Report on vaccination in the Province of Bengal - 1874-1889
Year: 1874
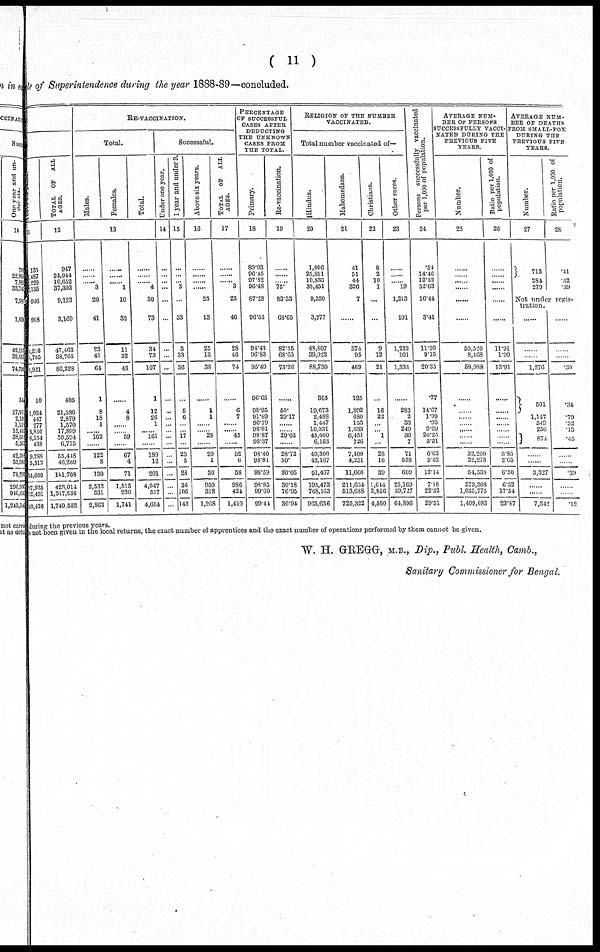
( 11 )
le of Superintendence during the year 1888-89—concluded.
Above six years.
11
135
467
220 135
946
998
4,216
4,705
8,921
10
1,024
447
277
3,850
8,554
438
9,288
5,312
14,600
87,935
52,491
10,426
TOTAL OF ALL
AGES.
12
947
24,944
10,652
37,393
9,123
3,169
47,463
38,765
86,228
405
21,586
2,879
1,570
17,899
50,594 6,775
55,448
46,260
101,708
428,014
1,317,538
1,740,552
RE-VACCINATION.
Total.
Males.
Females.
Total.
13
......
......
...... 3
20
41
23
41
64
1
8
18
1
...... 102
......
122
8
130
2,532
331
2,863
......
......
...... 1
10
32
11
32
43
......
4
8
......
...... 59
......
67
4
71
1,515
226
1,741
......
......
...... 4
30
73
34
73
107
1
12
26
1
...... 161
......
189
12
201
4,047
557
4,604
Successful.
Under one year.
14
...
...
... ...
...
...
...
...
...
...
...
...
...
...
...
...
...
...
...
...
...
...
1 year and under 9.
15
...
...
... 3
...
33
3
33
36
...
5
6
...
... 17
...
23
5
28
36
...
142
Above six years.
16
......
......
...... ......
25
13
25
13
38
......
1
1
......
...... 28
......
29
1
30
950
......
1,268
TOTAL OF
ALL
AGES.
17
......
......
...... 3
25
46
28
46
74
......
6
7
......
...... 45
......
52
6
58
986
......
1,410
PERCENTAGE
OF SUCCESSFUL
CASES AFTER
DEDUCTING
THE
UNKNOWN
CASES FROM
THE TOTAL.
Primary.
18
89.93
96.45
97.82
96.48
87.28
96.53
94.43
96.83
95.49
96.65
98.95
91.89
96.79
98.81
98.87
98.37
98.40
98.81
98.59
98.95
......
99.44
Re-vaccination.
19
......
......
...... 75.
83.33
68.65
82.35
68.65
73.26
......
50.
29.17
......
...... 29.03
......
28.72
50.
30.05
30.18
......
36.94
RELIGION OF THE NUMBER
VACCINATED.
Total number vaccinated of—
Hindus.
20
1,006
25,811
10,835
38,451
9,350
3,277
48,607
39,923
88,730
305
19,673
2,488
1,447
16,331
45,060
6,163
49,300
42,167
91,467
195,473
......
963,636
Mahomedans.
21
41
51
44
326
7
......
374
95
469
125
1,892
680
153
1,633
6,451
726
7,409
4,251
11,660
211,634
......
725,322
Christians.
22
8
2
10
1
...
...
9
12
21
...
16
22
...
... 1
...
23
16
39
1,644
......
4,500
Other races.
23
......
......
...... 19
1,213
101
1,232
101
1,333
......
282
2
33
249
36
7
71
538
609
25,169
......
64,896
Persons successfully vaccinated
per 1,000 of population.
24
.54
14.46
12.32
52.63
16.44
3.41
11.20
9.15
20.35
.27
14.67
1.99
.93
9.69
20.25
3.51
6.62
5.52
12.14
7.18
......
29.51
AVERAGE NUM-
BER OF PERSONS
SUCCESSFULLY VACCI-
NATED DURING THE
PREVIOUS FIVE
YEARS.
Number.
25
......
......
...... ......
......
......
50,520
8,468
58,988
......
......
......
......
......
......
......
32,260
22,278
54,538
373,308
......
1,409,083
Ratio per 1,000 of
population.
26
......
......
...... ......
......
......
11.91
1.99
13.91
......
......
......
......
......
......
......
3.85
2.65
6.50
6.32
......
23.87
AVERAGE NUM-
BER OF DEATHS
FROM SMALL-POX
DURING THE
PREVIOUS FIVE
YEARS.
Number.
27
713
284
279
Ratio per 1,000 of
population.
28
.41
.32
.39
Not under regis-
tration.
......
......
......
1,276
501
1,147
549
256
874
......
......
3,327
......
......
7,342
......
......
......
.30
.34
.79
.32
.13
.45
......
......
.39
......
......
.12
during the previous years.
e not been given in the local returns, the exact number of apprentices and the exact number of operations performed by them cannot be given.
W. H. GREGG, M.B., Dip., Publ Health, Camb.,
Sanitary Commissioner for Bengal.